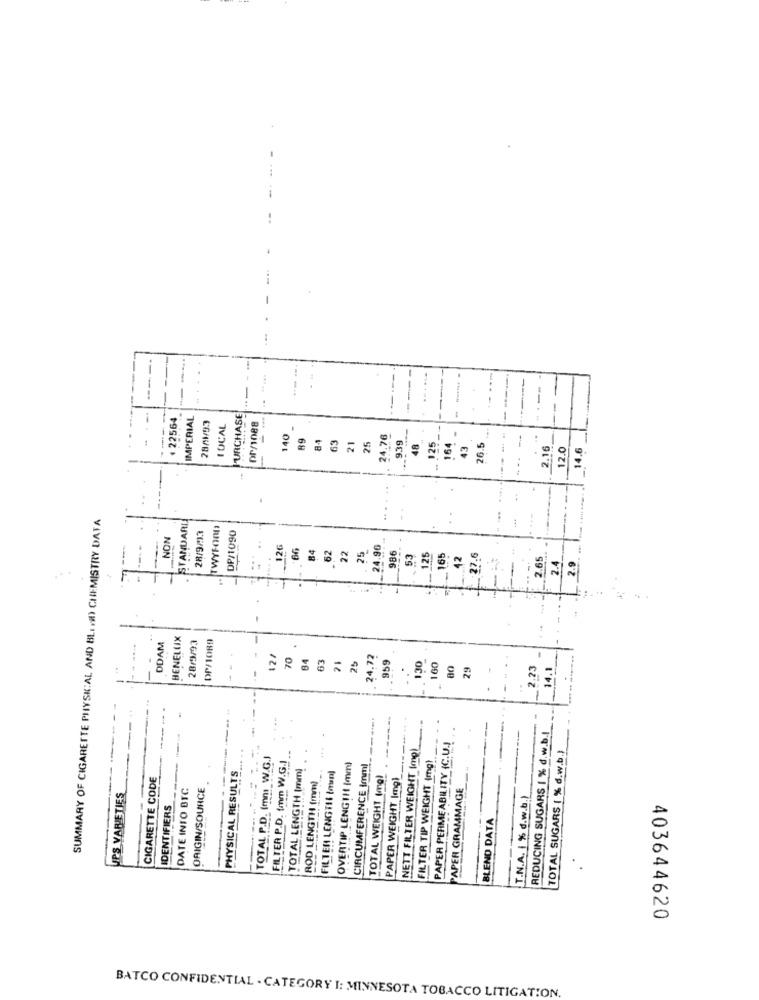
--
-+
-
-
1 22564
IMPERIAL
PURCHASE
28/1/93
LOCAL
or/1088
140
89
84
63
21
25
24.76
939
48
125
164
43
26.5
2.16
12.0
_14.6
SUMMARY OF CIGARETTE PHYSK:AL AND BLIND CHEMISTRY DATA
STANDARD
TWYFORD
DP/1090
NON
28/9/13
--
126
66
84
62
22
25
24.96
986
53
125
165
42
27.6
2.65
2.4
2.9
F
BENELUX
DP/1089
DDAM
28/9/93
12/
70
84
63
21
24.72
25
959
130
160
80
29
2.73
14.1
REDUCING SUGARS 1 % d.w.b.|
NETT FILTER WEIGHT (mg)
PAPER PERME ABILITY (C.U.
TOTAL SUGARS ( % d.w.b.)
TOTAL P.D. (mn W.G.J
FILTER P.D. fmm W.G.I
FILTER TIP WEIGHT (mg)
PHYSICAL RESULTS
TOTAL LENGTH (mm)
OVERTIP LENGTH (mm)
CIRCUMFERENCE Imml
CIGARETTE CODE
ROD LENGTH (mm)
FILTER LENGTH (non)
TOTAL WEIGHT (mg)
PAPER WEIGHT Img]
DATE INTO BIC
ORIGIN/SOURCE
PAPER GRAMMAGE
UPS VARIETIES
T.N.A. 1 % d.w.b.)
IDENTIFIERS
BLEND DATA
403644620
BATCO CONFIDENTIAL - CATEGORY I: MINNESOTA TOBACCO LITIGATION.